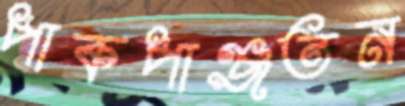
পাকপাঞ্জতন